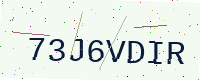
Text: 73J6VDIR